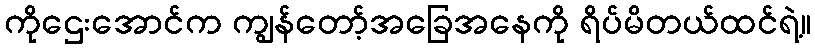
ကိုဌေးအောင်က ကျွန်တော့်အခြေအနေကို ရိပ်မိတယ်ထင်ရဲ့။